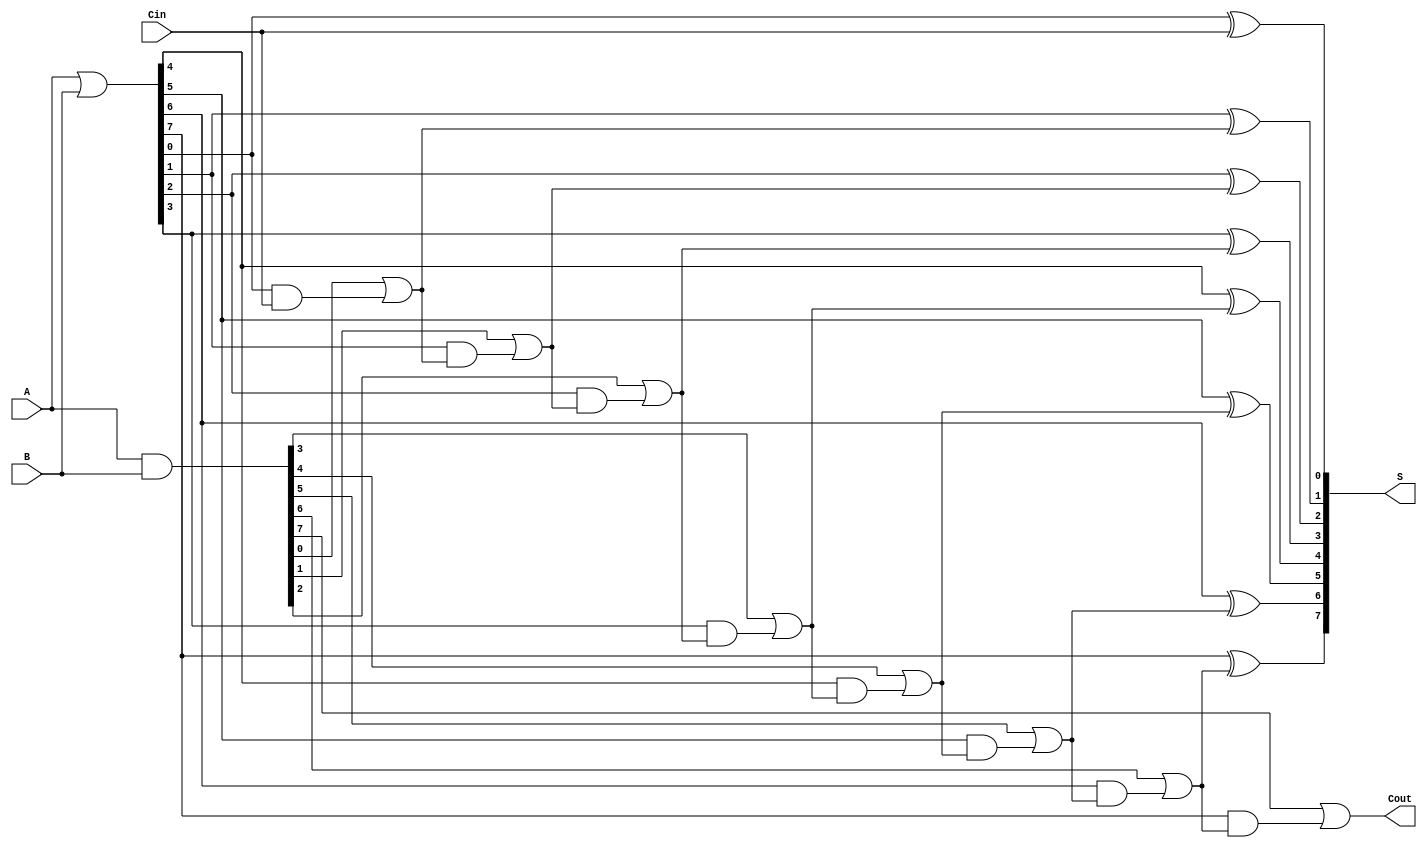
module BrentKungAdder #(parameter n = 8) (
    input [n-1:0] A,
    input [n-1:0] B,
    input Cin,
    output [n-1:0] S,
    output Cout
);
    wire [n-1:0] G; // Generate signals
    wire [n-1:0] P; // Propagate signals
    wire [n:0] C;   // Carry signals

    // Generate and Propagate signals
    assign G = A & B;
    assign P = A | B;

    // Initialize carry signals
    assign C[0] = Cin;

    // Brent-Kung carry generation
    genvar i, l;
    generate
        // Level 1
        for (i = 0; i < n; i = i + 1) begin: carry_level1
            assign C[i+1] = G[i] | (P[i] & C[i]);
        end

        // Assuming depth for levels, continue for more as necessary
        // Here we simplify it to one level as an example
        // This can be extended as needed for deeper levels and enhanced carry structure

        // Sum calculation
        for (i = 0; i < n; i = i + 1) begin: sum_calculation
            assign S[i] = P[i] ^ C[i];
        end
    endgenerate

    // Final carry out
    assign Cout = C[n];

endmodule